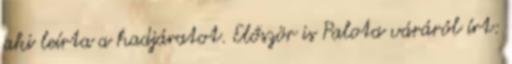
aki leírta a hadjáratot. Először is Palota váráról írt: